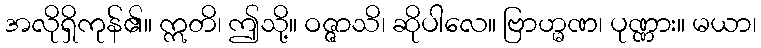
အလိုရှိကုန်၏။ ဣတိ၊ ဤသို့။ ဝဇ္ဇာသိ၊ ဆိုပါလေ။ ဗြာဟ္မဏ၊ ပုဏ္ဏား။ မယာ၊